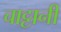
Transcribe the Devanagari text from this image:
चाट्टानी